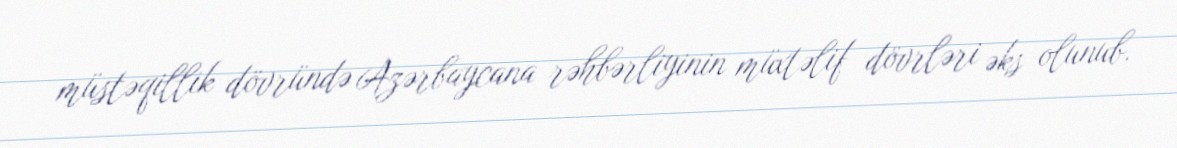
müstəqillik dövründə Azərbaycana rəhbərliyinin müxtəlif dövrləri əks olunub.